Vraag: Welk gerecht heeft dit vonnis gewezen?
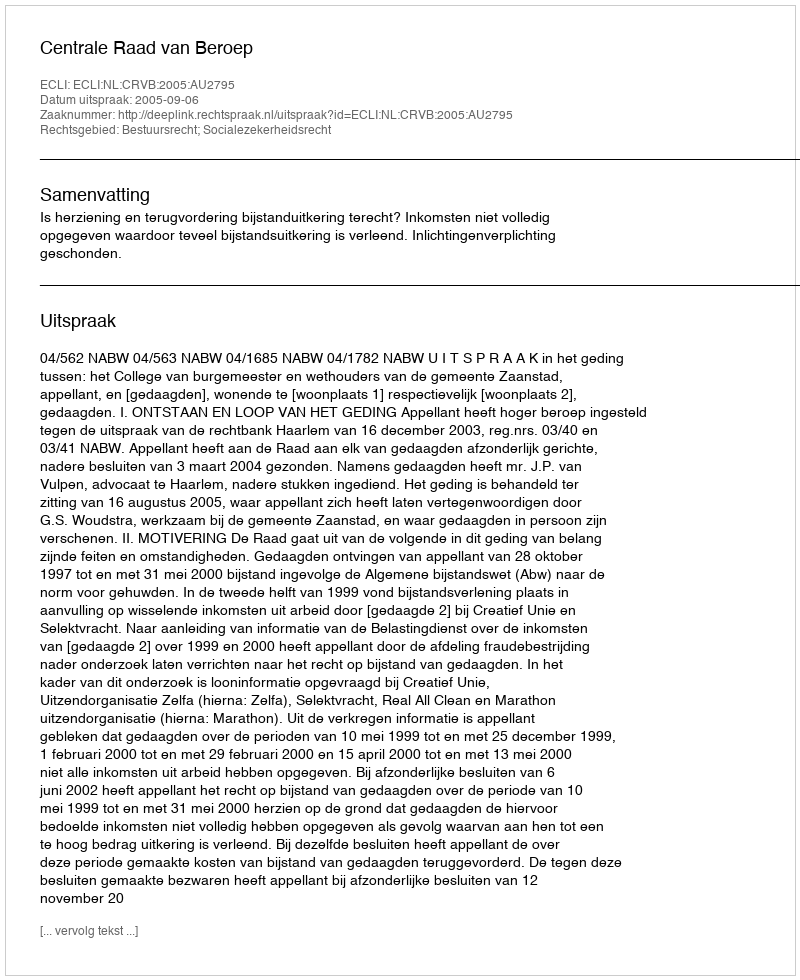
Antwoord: Centrale Raad van Beroep